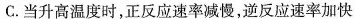
C.当升高温度时，正反应速率减慢，逆反应速率加快